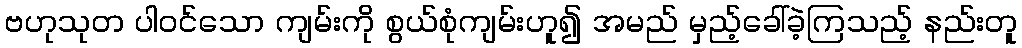
ဗဟုသုတ ပါဝင်သော ကျမ်းကို စွယ်စုံကျမ်းဟူ၍ အမည် မှည့်ခေါ်ခဲ့ကြသည့် နည်းတူ